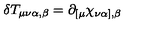
\delta T _ { \mu \nu \alpha , \beta } = \partial _ { [ \mu } \chi _ { \nu \alpha ] , \beta }